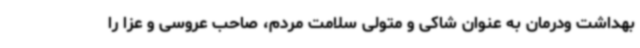
بهداشت ودرمان به عنوان شاکی و متولی سلامت مردم، صاحب عروسی و عزا را